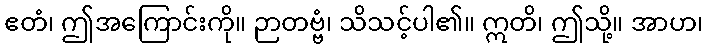
ဧတံ၊ ဤအကြောင်းကို။ ဉာတဗ္ဗံ၊ သိသင့်ပါ၏။ ဣတိ၊ ဤသို့။ အာဟ၊